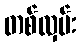
တစ်လှမ်း